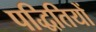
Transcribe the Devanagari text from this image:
पद्धितियों